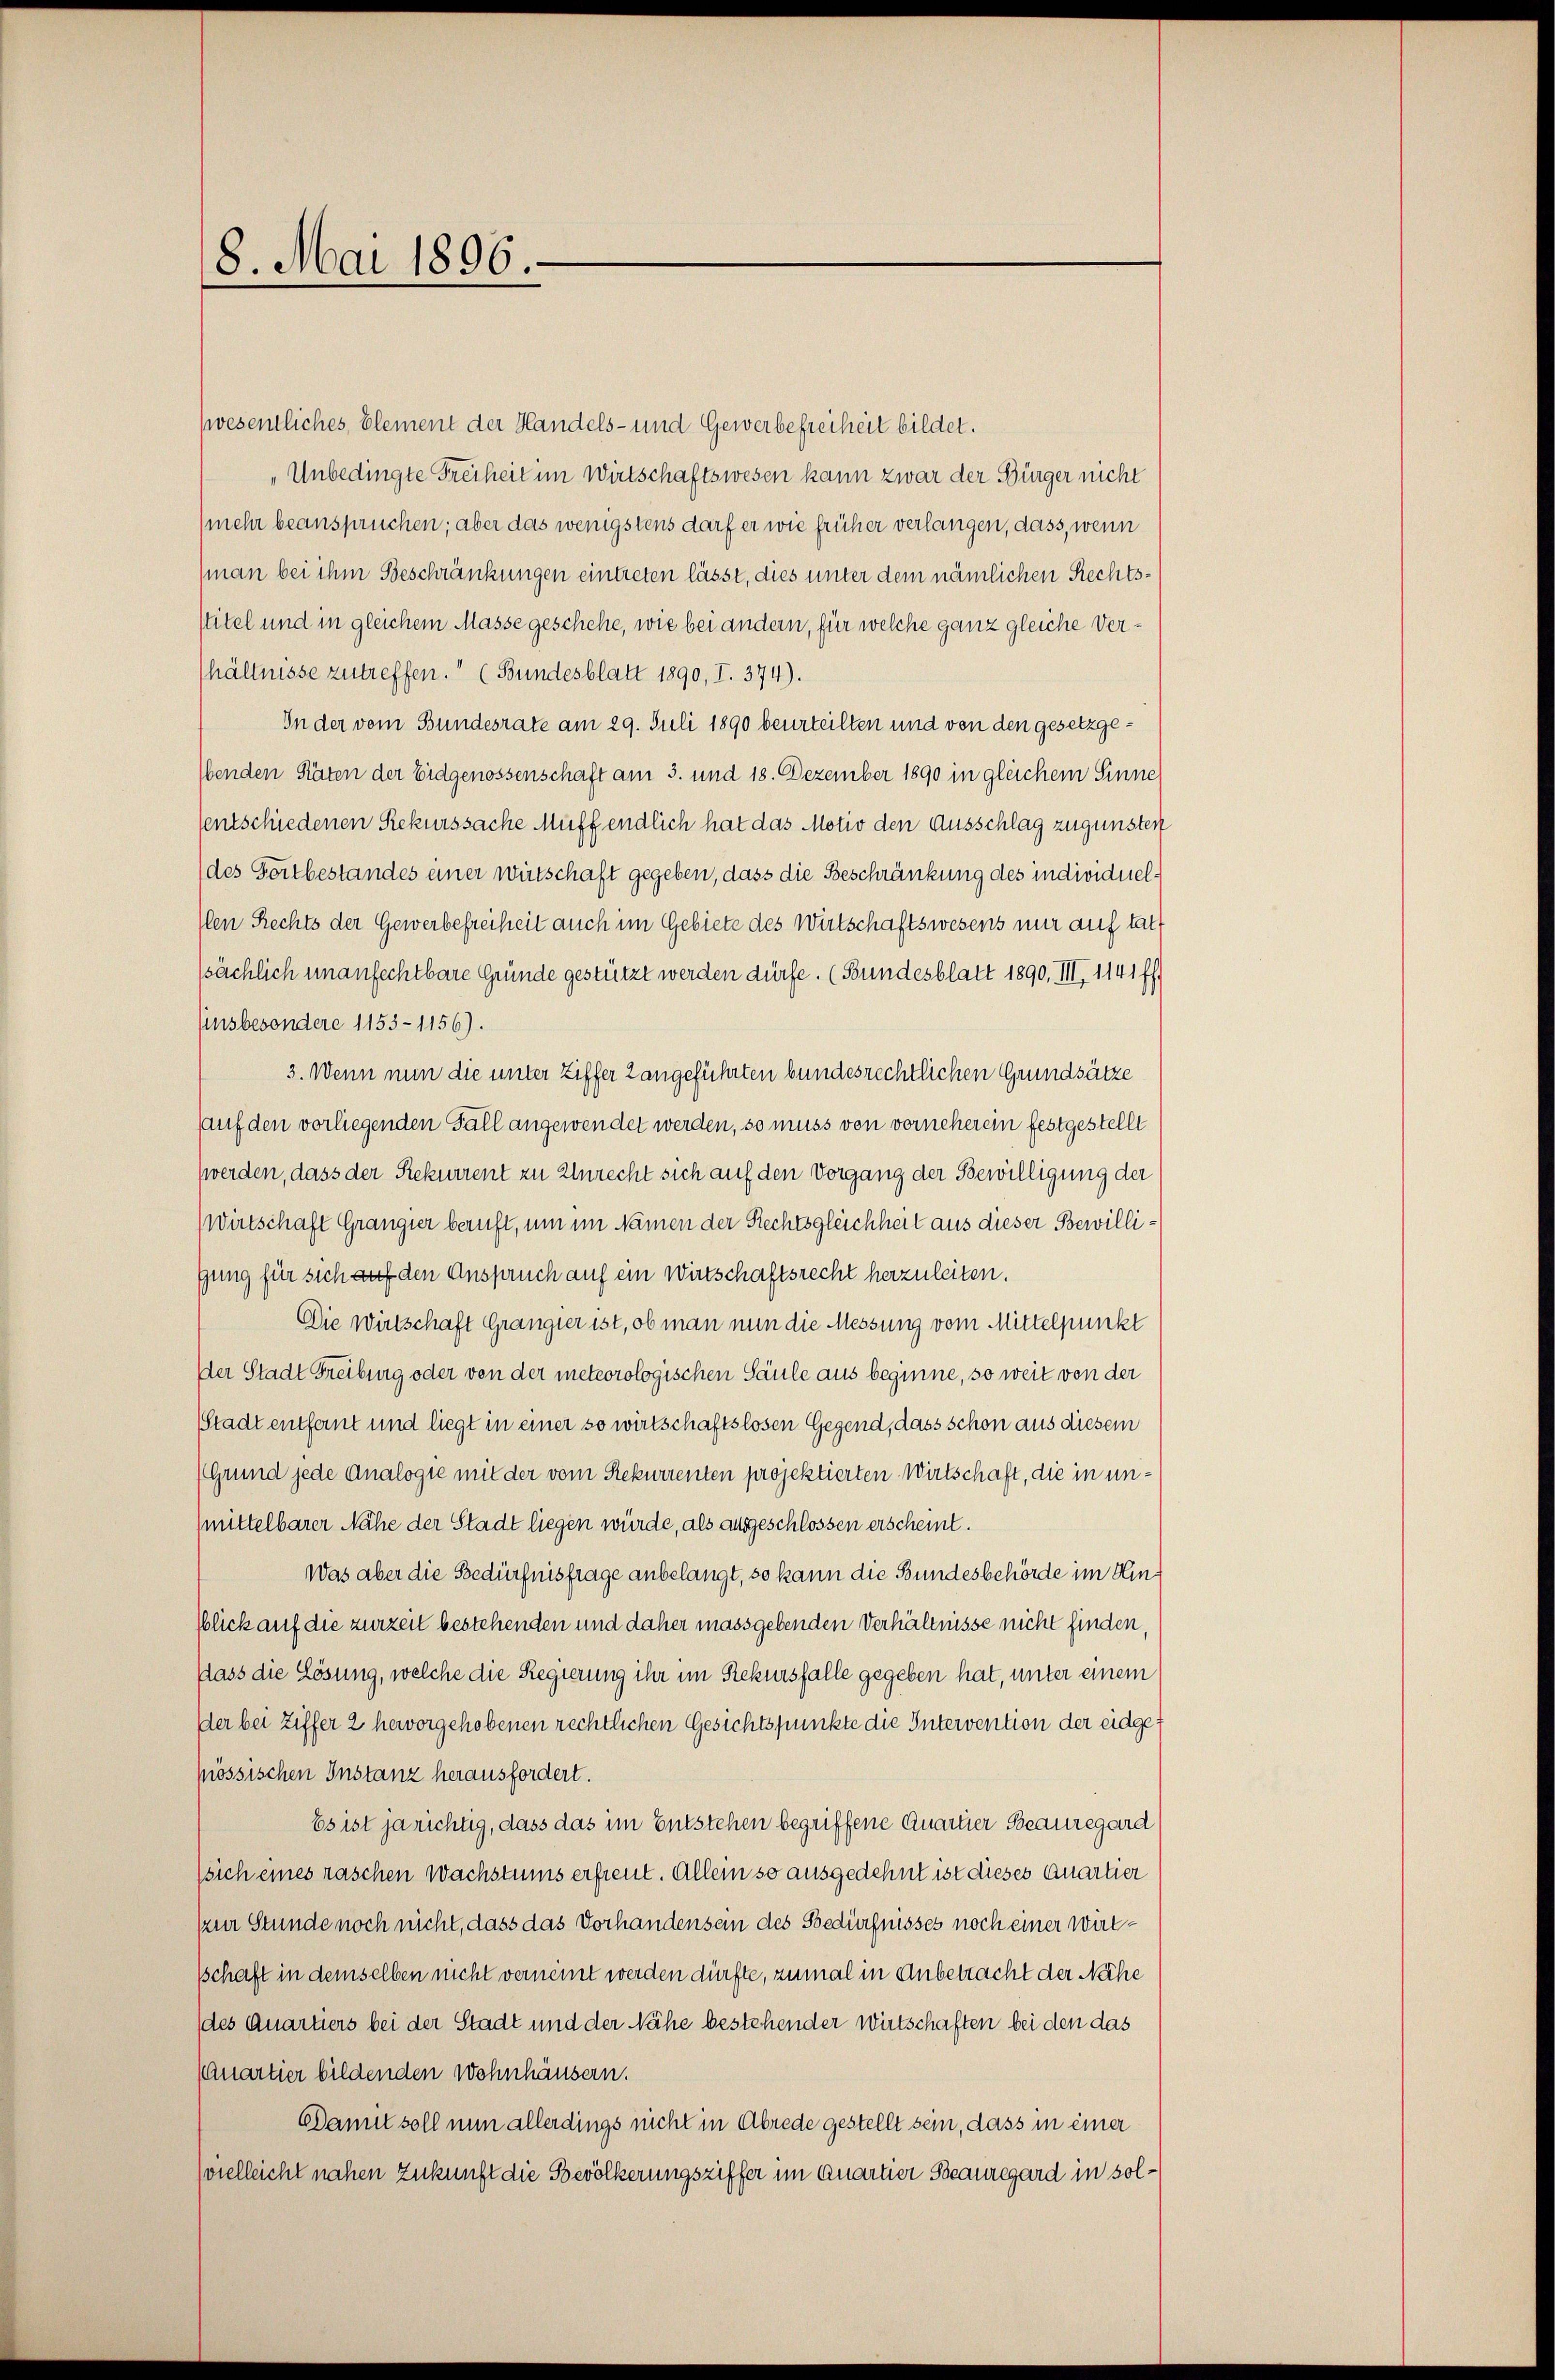
18. Mai 1896.

swesentliches, Element der Handels- und Gewerbefreiheit bildet.
„Unbedingte Freiheit im Wirtschaftswesen kann zwar der Bürger nicht
(mehr beanspruchen; aber das wenigstens darf er wie früher verlangen, dass, wenn
(man bei ihm Beschränkungen eintreten lässt, dies unter dem nämlichen Rechtsstitel und in gleichem Masse geschehe, wie bei andern, für welche ganz gleiche Verhältnisse zutreffen." (Bundesblatt 1890, I. 374).
In der vom Bundesrate am 29. Juli 1890 beurteilten und von den gesetzge¬
Abenden Räten der Eidgenossenschaft am 3. und 18. Dezember 1890 in gleichem Sinne
sentschiedenen Rekurssache Muff endlich hat das Motiv den Ausschlag zugunsten
(des Fortbestandes einer Wirtschaft gegeben, dass die Beschränkung des individuel¬
Ien Rechts der Gewerbefreiheit auch im Gebiete des Wirtschaftswesens nur auf tat
ssächlich unanfechtbare Gründe gestützt werden dürfe. (Bundesblatt 1890, III, 1141 ff.
insbesondere 1153-1156).
3. Wenn nun die unter Ziffer 2 angeführten bundesrechtlichen Grundsätze
Aauf den vorliegenden Fall angewendet werden, so muss von vorneherein festgestellt
(werden, dass der Rekurrent zu Unrecht sich auf den Vorgang der Bewilligung der
wirtschaft Grangier beruft, um im Namen der Rechtsgleichheit aus dieser Bewillifung für sich auf den Anspruch auf ein Wirtschaftsrecht herzuleiten.
Die Wirtschaft Grangier ist, ob man nun die Messung vom Mittelpunkt
Der Stadt Freiburg oder von der meteorologischen Säule aus beginne, so weit von der
Stadt entfernt und liegt in einer so wirtschaftslosen Gegend, dass schon aus diesem
(Grund jede Analogie mit der vom Rekurrenten projektierten Wirtschaft, die in unmittelbarer Nähe der Stadt liegen würde, als ausgeschlossen erscheint.
Was aber die Bedürfnisfrage anbelangt, so kann die Bundesbehörde im Hinblick auf die zurzeit bestehenden und daher massgebenden Verhältnisse nicht finden,
dass die Lösung, welche die Regierung ihr im Rekursfalle gegeben hat, unter einem
der bei Ziffer 2 hervorgehobenen rechtlichen Gesichtspunkte die Intervention der eidgemössischen Instanz herausfordert.
Es ist jarichtig, dass das im Entstehen begriffene Quartier Beauregard
sich eines raschen Wachstums erfreut. Allein so ausgedehnt ist dieses Quartier
(zur Stunde noch nicht, dass das Vorhandensein des Bedürfnisses noch einer wirtschaft in demselben nicht verneint werden dürfte, zumal in Anbetracht der Nähe
(des Quartiers bei der Stadt und der Nähe bestehender Wirtschaften bei den das
(Quartier bildenden Wohnhäusern.
Damit soll nun allerdings nicht in Abrede gestellt sein, dass in einer
vielleicht nahen Zukunft die Bevölkerungsziffer im Quartier Beauregard in sol¬